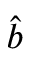
\hat { b }